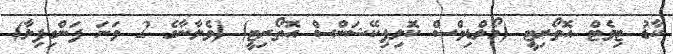
ކާޑު ޓިވެޓް އޮތޯރިޓީ (މޯލްޑިވްސް ކޮލިފިކޭޝަންސް އޮތޯރިޓީ) (ވެލާނާގެ 2 ވަނަ ފަންގިފިލާ)